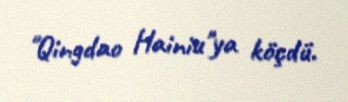
"Qingdao Hainiu"ya köçdü.